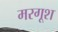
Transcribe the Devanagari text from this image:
मरगूश